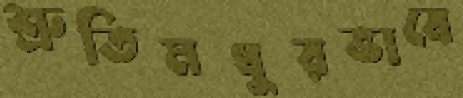
শ্রুতিমধুরভাবে